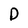
Character: D